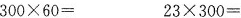
$$3 0 0 \times 6 0 =$$ $$2 3 \times 3 0 0 =$$